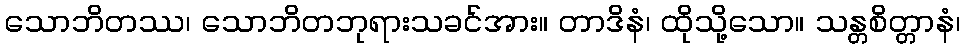
သောဘိတဿ၊ သောဘိတဘုရားသခင်အား။ တာဒိနံ၊ ထိုသို့သော။ သန္တစိတ္တာနံ၊